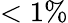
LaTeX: <1\%